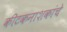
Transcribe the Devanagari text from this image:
कीटकनाशकांचे